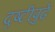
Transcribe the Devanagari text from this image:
दृष्टीपुढे